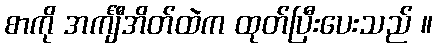
စာကို အင်္ကျီအိတ်ထဲက ထုတ်ပြီးပေးသည် ။